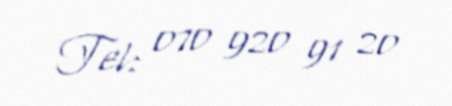
Tel: 070 920 91 20